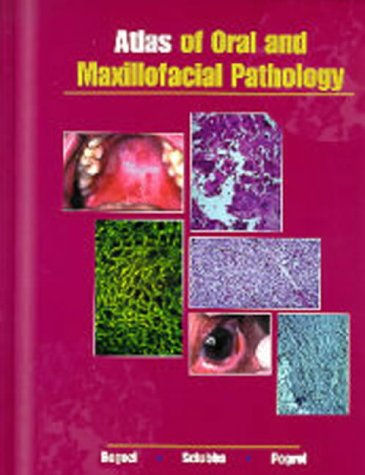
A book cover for Atlas of Oral and Maxillofacial Pathology, 1e; Joseph A. Regezi DDS  MS; Medical Books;